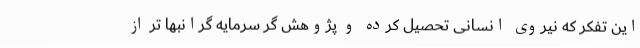
این تفکر که نیروی انسانی تحصیل کرده و پژوهش گر سرمایه گرانبها تر از